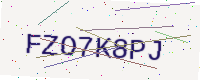
Text: FZO7K8PJ